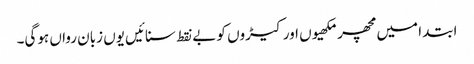
ابتدا میں مچھر مکھیوں اور کیڑوں کو بے نقط سنائیں یوں زبان رواں ہوگی۔